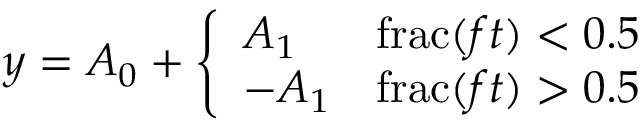
y = A _ { 0 } + { \left\{ \begin{array} { l l } { A _ { 1 } } & { \operatorname { f r a c } ( f t ) < 0 . 5 } \\ { - A _ { 1 } } & { \operatorname { f r a c } ( f t ) > 0 . 5 } \end{array} \right. }